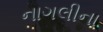
નાગલીના